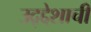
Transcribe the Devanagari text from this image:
उद्द्देशाची